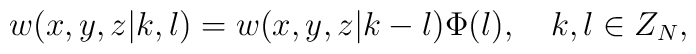
w(x,y,z|k,l)=w(x,y,z|k-l)\Phi(l),\quad k,l\in Z_N,